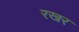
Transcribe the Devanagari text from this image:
रखर